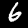
Digit: 6